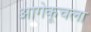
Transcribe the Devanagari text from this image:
आगेकूचला